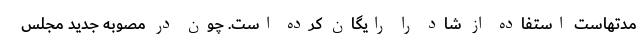
مدتهاست استفاده از شاد را رایگان کرده است. چون در مصوبه جدید مجلس